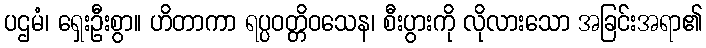
ပဌမံ၊ ရှေးဦးစွာ။ ဟိတာကာ ရပ္ပဝတ္တိဝသေန၊ စီးပွားကို လိုလားသော အခြင်းအရာ၏